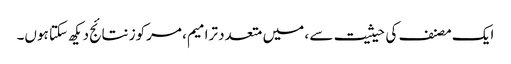
ایک مصنف کی حیثیت سے ، میں متعدد ترامیم ، مرکوز نتائج دیکھ سکتا ہوں۔